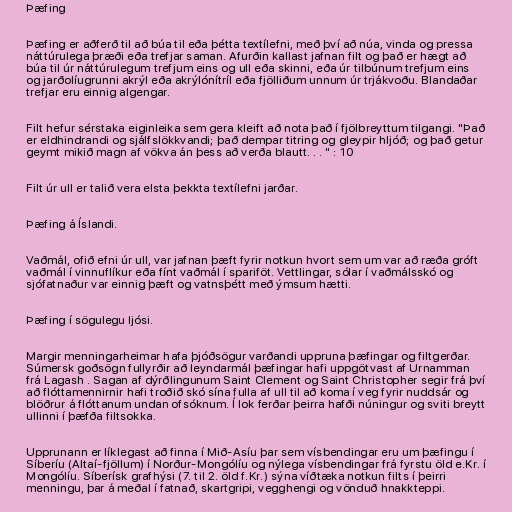
Þæfing

Þæfing er aðferð til að búa til eða þétta textílefni, með því að núa, vinda og pressa
náttúrulega þræði eða trefjar saman. Afurðin kallast jafnan filt og það er hægt að
búa til úr náttúrulegum trefjum eins og ull eða skinni, eða úr tilbúnum trefjum eins
og jarðolíugrunni akrýl eða akrýlónítríl eða fjölliðum unnum úr trjákvoðu. Blandaðar
trefjar eru einnig algengar.

Filt hefur sérstaka eiginleika sem gera kleift að nota það í fjölbreyttum tilgangi. "Það
er eldhindrandi og sjálfslökkvandi; það dempar titring og gleypir hljóð; og það getur
geymt mikið magn af vökva án þess að verða blautt. . . " : 10

Filt úr ull er talið vera elsta þekkta textílefni jarðar.

Þæfing á Íslandi.

Vaðmál, ofið efni úr ull, var jafnan þæft fyrir notkun hvort sem um var að ræða gróft
vaðmál í vinnuflíkur eða fínt vaðmál í spariföt. Vettlingar, sólar í vaðmálsskó og
sjófatnaður var einnig þæft og vatnsþétt með ýmsum hætti.

Þæfing í sögulegu ljósi.

Margir menningarheimar hafa þjóðsögur varðandi uppruna þæfingar og filtgerðar.
Súmersk goðsögn fullyrðir að leyndarmál þæfingar hafi uppgötvast af Urnamman
frá Lagash . Sagan af dýrðlingunum Saint Clement og Saint Christopher segir frá því
að flóttamennirnir hafi troðið skó sína fulla af ull til að koma í veg fyrir nuddsár og
blöðrur á flóttanum undan ofsóknum. Í lok ferðar þeirra hafði núningur og sviti breytt
ullinni í þæfða filtsokka.

Upprunann er líklegast að finna í Mið-Asíu þar sem vísbendingar eru um þæfingu í
Síberíu (Altaí-fjöllum) í Norður-Mongólíu og nýlega vísbendingar frá fyrstu öld e.Kr. í
Mongólíu. Síberísk grafhýsi (7. til 2. öld f.Kr.) sýna víðtæka notkun filts í þeirri
menningu, þar á meðal í fatnað, skartgripi, vegghengi og vönduð hnakkteppi.